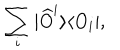
\sum _ { i } | \widehat { O } ^ { i } \rangle \langle O _ { i } | ,